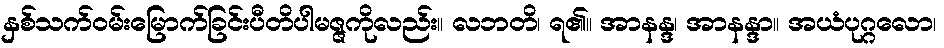
နှစ်သက်ဝမ်းမြောက်ခြင်းပီတိပါမဇ္ဇကိုလည်း။ လဘတိ၊ ရ၏။ အာနန္ဒ၊ အာနန္ဒာ။ အယံပုဂ္ဂလော၊